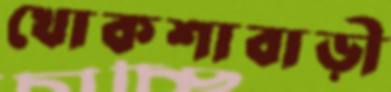
খোকশাবাড়ী